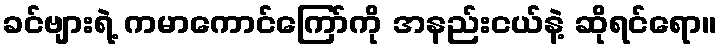
ခင်ဗျားရဲ့ ကမာကောင်ကြော်ကို အနည်းငယ်နဲ့ ဆိုရင်ရော။